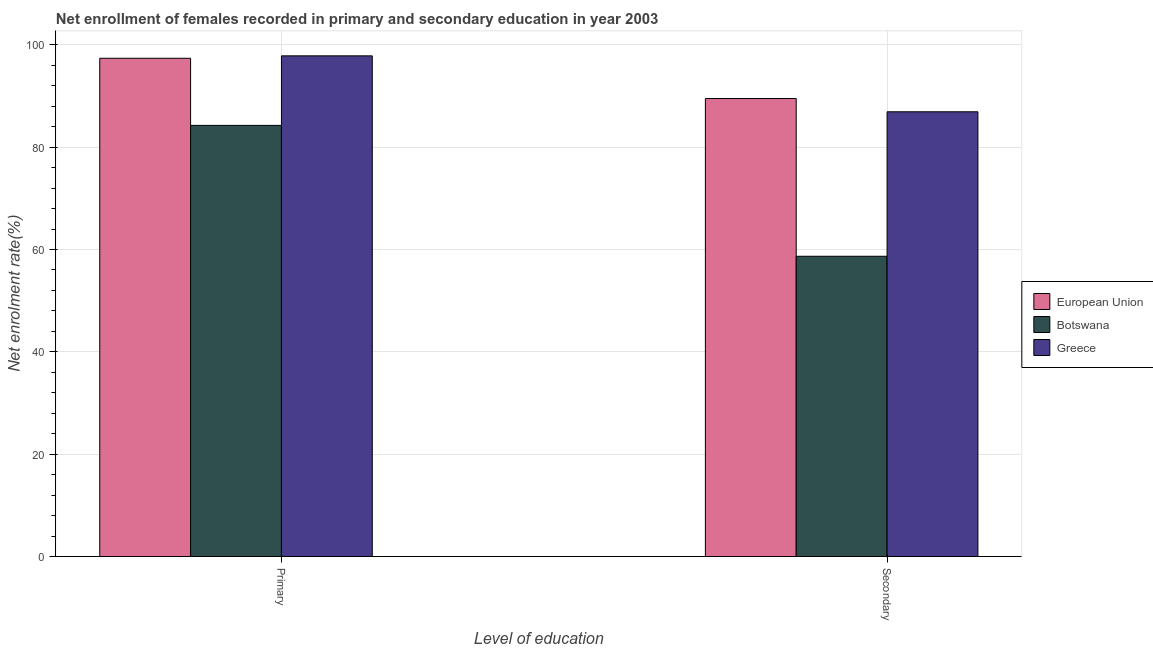
| Level of education | European Union | Botswana | Greece |
 | --- | --- | --- | --- |
 | Primary | 97.4 | 84.3 | 97.8 |
 | Secondary | 89.5 | 58.7 | 86.9 |